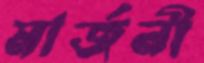
মার্জনী